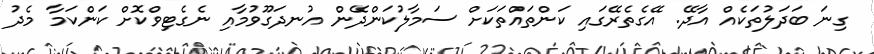
ގިނަ ބަދަލުތަކެއް އާދޭ. އޭގެތެރޭގައި ކަންތައްތަކަށް ސަމާލުކަންދޭން އުނދަގޫވުމާއި ނެގެޓިވްކޮށް ކަންކަމާ މެދު